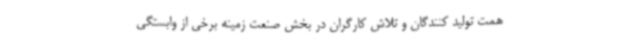
همت تولید کنندگان و تلاش کارگران در بخش صنعت زمینه برخی از وابستگی